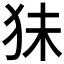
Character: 𰡃